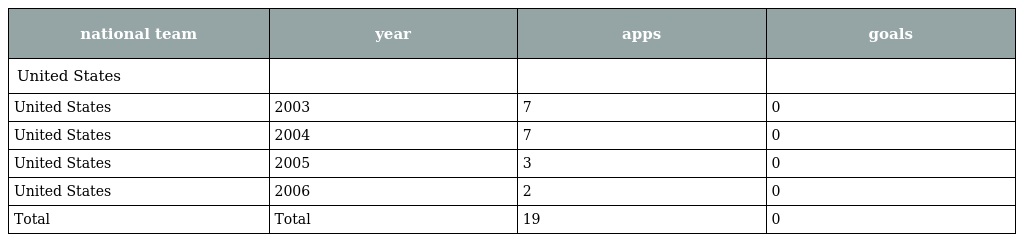
| national team | year | apps | goals |
 | --- | --- | --- | --- |
 | United States |  |  |  |
 | United States | 2003 | 7 | 0 |
 | United States | 2004 | 7 | 0 |
 | United States | 2005 | 3 | 0 |
 | United States | 2006 | 2 | 0 |
 | Total | Total | 19 | 0 |